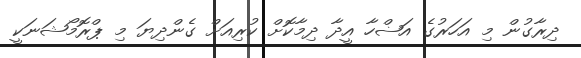
ދިރާގުން މި އަހަރުގެ އަޟްހާ އީދާ ދިމާކޮށް ކުރިއަށް ގެންދިޔަ މި ޕްރޮމޯޝަނަކީ